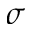
\sigma